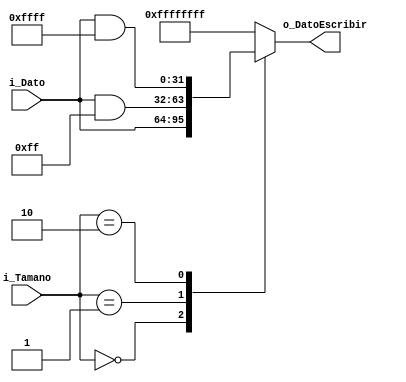
`timescale 1ns / 1ps

//Implementacin de Filtro
//00: palabra entera
//01: SB -> para un byte
//10: SH -> para media palabra
`define	CERO    2'b00
`define	CEROUNO 2'b01
`define	UNOCERO 2'b10
`define	UNOUNO  2'b11

module Filtro_Store
    #(
        parameter   NBITS           =   32  ,
        parameter   TNBITS          =   2   
    )
    (
        input   wire    [NBITS-1    :0]     i_Dato          ,
        input   wire    [TNBITS-1   :0]     i_Tamano        ,
        output  wire    [NBITS-1    :0]     o_DatoEscribir            
    );
    
    reg [NBITS-1    :0] DatoEscribir_Reg            ;
    assign o_DatoEscribir =    DatoEscribir_Reg     ;
    
    always @(*)
    begin : Tamano
            case(i_Tamano)
                `CERO       :       
                                    DatoEscribir_Reg   <=   i_Dato                                              ;
                `CEROUNO    :        
                                    DatoEscribir_Reg   <=   i_Dato & 32'b00000000_00000000_00000000_11111111    ;
                `UNOCERO    :
                                    DatoEscribir_Reg   <=   i_Dato & 32'b00000000_00000000_11111111_11111111    ;
                default     :   
                                    DatoEscribir_Reg   <=   -1                                                  ;
            endcase
    end
endmodule